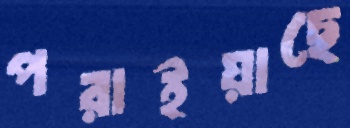
পরাইয়াছে